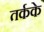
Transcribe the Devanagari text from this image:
तर्कके